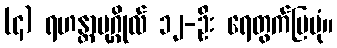
(၄) ရဟန္တာပုဂ္ဂိုလ် ၁၂-ဦး ရေတွက်ပြပုံ။